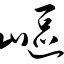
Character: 岖